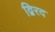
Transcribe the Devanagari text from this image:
द्विरद